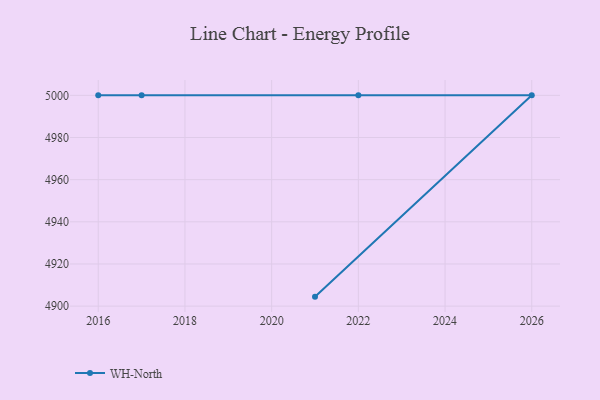
{"axis": {"x": "Year", "y": "Bounce Rate (%)"}, "legend": ["WH-North"], "data": [{"x": "2021", "y": 4904.5, "type": "WH-North"}, {"x": "2026", "y": 5000, "type": "WH-North"}, {"x": "2017", "y": 5000, "type": "WH-North"}, {"x": "2022", "y": 5000, "type": "WH-North"}, {"x": "2016", "y": 5000, "type": "WH-North"}]}